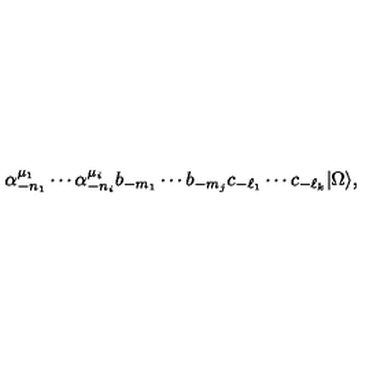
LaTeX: \alpha _ { - n _ { 1 } } ^ { \mu _ { 1 } } \cdots \alpha _ { - n _ { i } } ^ { \mu _ { i } } b _ { - m _ { 1 } } \cdots b _ { - m _ { j } } c _ { - \ell _ { 1 } } \cdots c _ { - \ell _ { k } } | \Omega \rangle ,